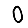
Digit: 0